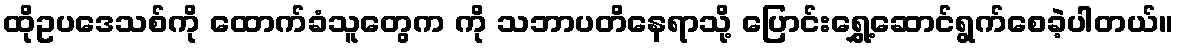
ထိုဥပဒေသစ်ကို ထောက်ခံသူတွေက ကို သဘာပတိနေရာသို့ ပြောင်းရွှေ့ဆောင်ရွက်စေခဲ့ပါတယ်။